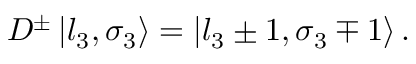
D ^ { \pm } \left| l _ { 3 } , \sigma _ { 3 } \right\rangle = \left| l _ { 3 } \pm 1 , \sigma _ { 3 } \mp 1 \right\rangle .